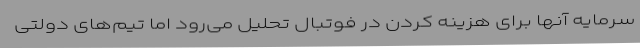
سرمایه آنها برای هزینه کردن در فوتبال تحلیل می‌رود اما تیم‌های دولتی